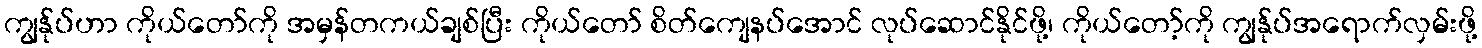
ကျွန်ုပ်ဟာ ကိုယ်တော်ကို အမှန်တကယ်ချစ်ပြီး ကိုယ်တော် စိတ်ကျေနပ်အောင် လုပ်ဆောင်နိုင်ဖို့၊ ကိုယ်တော့်ကို ကျွန်ုပ်အရောက်လှမ်းဖို့